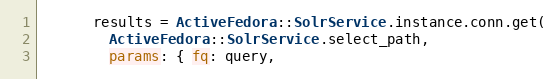
Language: Ruby
      results = ActiveFedora::SolrService.instance.conn.get(
        ActiveFedora::SolrService.select_path,
        params: { fq: query,